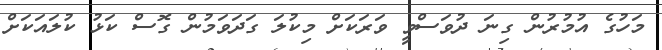
މަހުގެ އުމުރުން ގިނަ ދުވަސްވީ ވަރަކަށް މިކުލަ ގަދަވަމުން ގޮސް ކަޅު ކުލައަކަށް